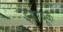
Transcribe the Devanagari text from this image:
इयरबूक